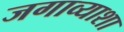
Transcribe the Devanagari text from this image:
जगाव्याशा